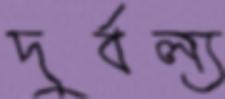
দুর্বল্য